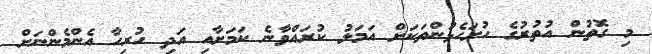
މި ގޮތުން އުތުރުގެ ހުށަހެޅުންތަކަށް އަމަލު ކުރައްވާނެ ކަމަށާއި އަދި ހުރިހާ އެންމެންނަށް